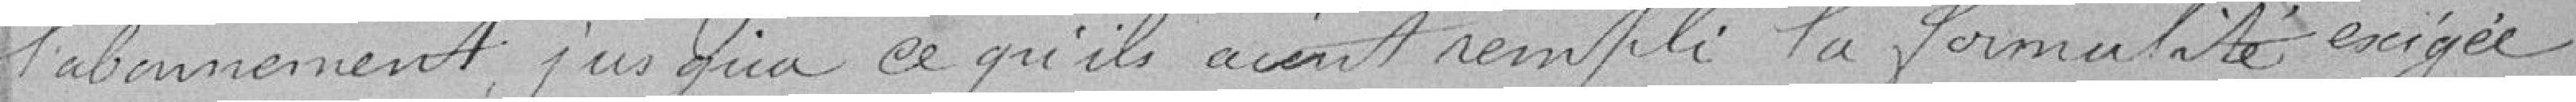
l'abonnement jusqu'à ce qu'ils aient rempli la formalité exigée